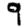
Digit: 9